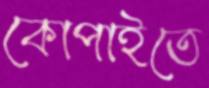
কোপাইতে